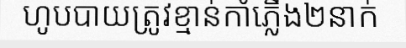
ហូបបាយត្រូវខ្មាន់កាំភ្លើង២នាក់